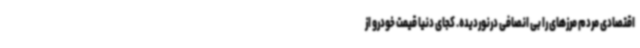
اقتصادی مردم مرزهای را بی انصافی درنوردیده. کجای دنیا قیمت خودرو از